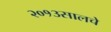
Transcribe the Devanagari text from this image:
२०१३सालचेे